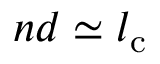
n d \simeq l _ { \mathrm { c } }